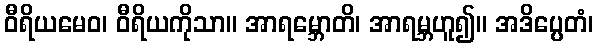
ဝီရိယမေဝ၊ ဝီရိယကိုသာ။ အာရမ္ဘောတိ၊ အာရမ္ဘဟူ၍။ အဒိပ္ပေတံ၊